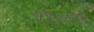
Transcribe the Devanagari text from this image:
११००१६